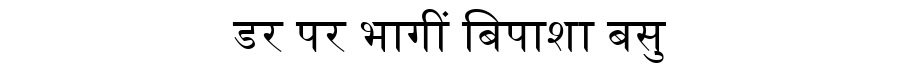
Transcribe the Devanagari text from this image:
डर पर भागीं बिपाशा बसु